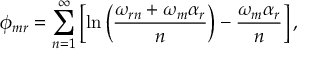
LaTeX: \phi _ { m r } = \sum _ { n = 1 } ^ { \infty } \left[ \ln \left( \frac { \omega _ { r n } + \omega _ { m } \alpha _ { r } } { n } \right) - \frac { \omega _ { m } \alpha _ { r } } { n } \right] ,